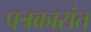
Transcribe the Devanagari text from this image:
पत्रकारांत